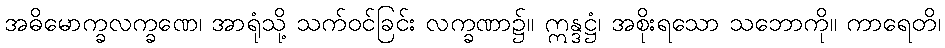
အဓိမောက္ခလက္ခဏေ၊ အာရုံသို့ သက်ဝင်ခြင်း လက္ခဏာ၌။ ဣန္ဒဋ္ဌံ၊ အစိုးရသော သဘောကို။ ကာရေတိ၊